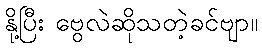
နို့ပြီး ဗွေလဲဆိုသတဲ့ခင်ဗျာ။